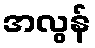
အလွန်